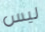
ليس